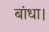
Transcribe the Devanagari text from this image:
बांधा।